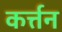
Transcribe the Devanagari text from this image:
कर्त्तन